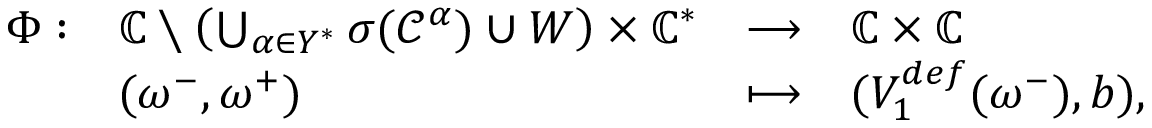
\begin{array} { r } { \begin{array} { l l l l } { \Phi : } & { \mathbb { C } \setminus \left( \bigcup _ { \alpha \in Y ^ { * } } \sigma ( \mathcal { C } ^ { \alpha } ) \cup W \right) \times \mathbb { C } ^ { * } } & { \longrightarrow } & { \mathbb { C } \times \mathbb { C } } \\ & { ( \omega ^ { - } , \omega ^ { + } ) } & { \longmapsto } & { ( V _ { 1 } ^ { d e f } ( \omega ^ { - } ) , b ) , } \end{array} } \end{array}